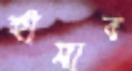
হাঁসাব